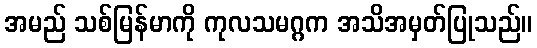
အမည် သစ်မြန်မာကို ကုလသမဂ္ဂက အသိအမှတ်ပြုသည်။